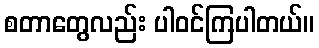
စတာတွေလည်း ပါဝင်ကြပါတယ်။